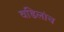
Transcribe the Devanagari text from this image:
वडिलांच